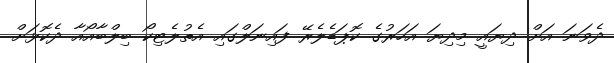
ދެވަނަ އަށް ދިޔައީ މިދިޔަ އަހަރުގެ ކޮޕަޑެލެރޭ ފައިނަލްގައި އެތުލެޓިކޯ ބިލްބާއޯއާ ދެކޮޅަށް